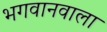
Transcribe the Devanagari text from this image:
भगवानवाला